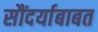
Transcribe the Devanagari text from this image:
सौंदर्याबाबत